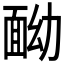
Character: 𩈏